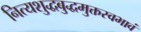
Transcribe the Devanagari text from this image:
नित्यशुद्धबुद्धमुक्तस्वभावं